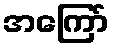
အကြော်